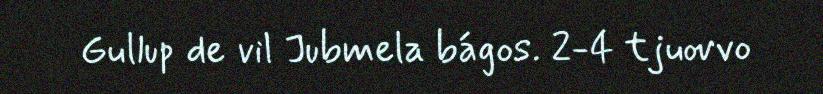
Gullup de vil Jubmela bágos. 2-4 tjuovvo